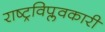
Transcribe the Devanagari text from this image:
राष्ट्रविप्लवकारी